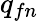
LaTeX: q_{fn}